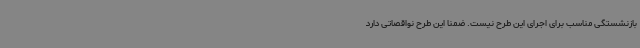
بازنشستگی مناسب برای اجرای این طرح نیست. ضمنا این طرح نواقصاتی دارد